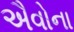
ઐવોના